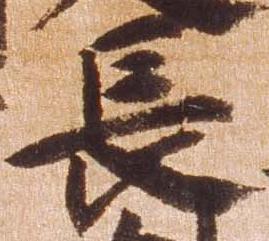
長